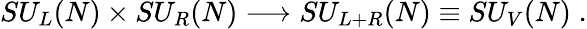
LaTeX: SU_{L}(N)\times SU_{R}(N)\longrightarrow SU_{L+R}(N)\equiv SU_{V}(N)\; .